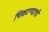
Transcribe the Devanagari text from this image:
चिकटण्याची